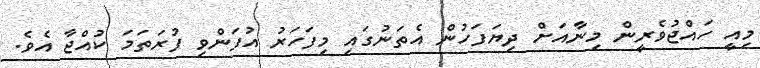
މިއީ ހައްޖުވެރީން މިނާއަށް ދިޔަފަހުން އެތަނުގައި މިފަހަރު އުފަންވި ފުރަތަމަ ކުއްޖާ އެވެ.